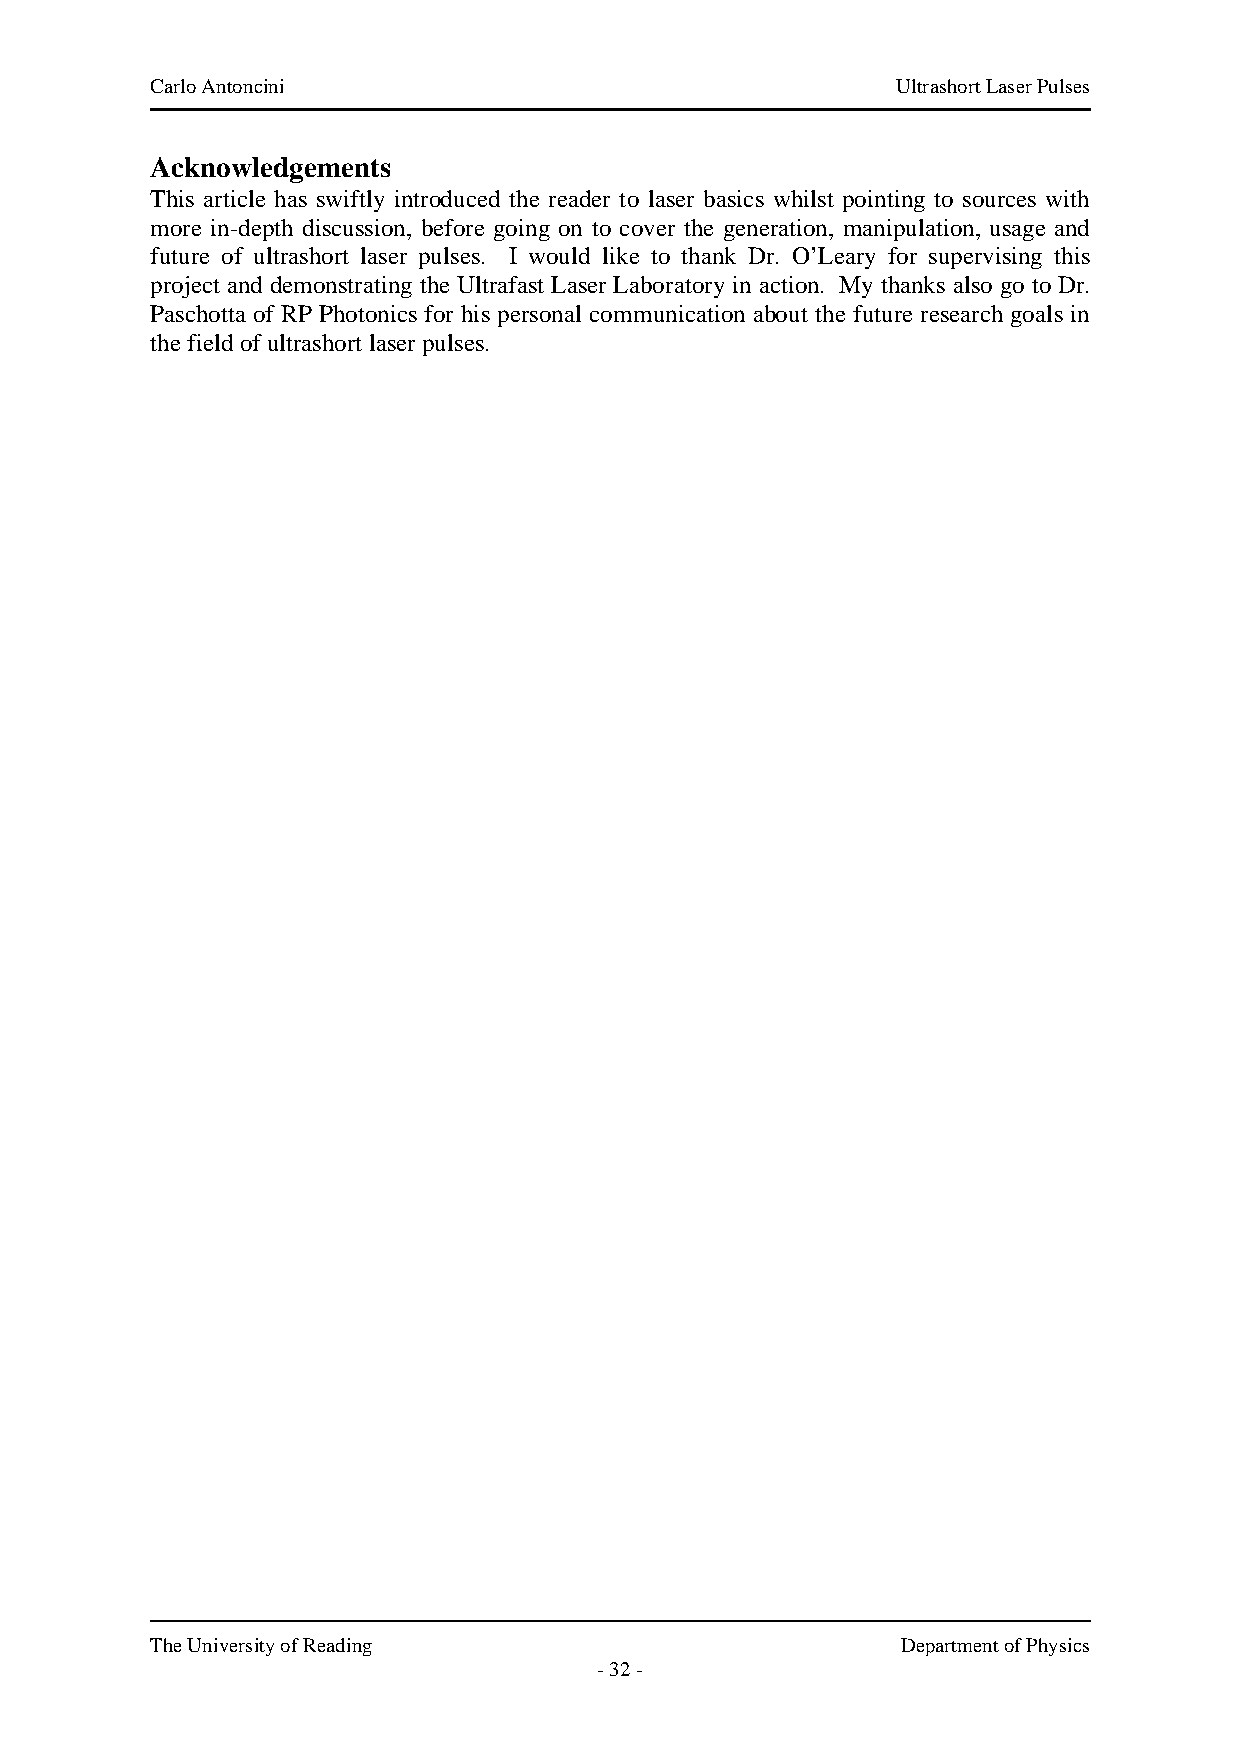
Carlo Antoncini                                  Ultrashort Laser Pulses
 Acknowledgements
 This article has swiftly introduced the reader to laser basics whilst pointing to sources with
 more in-depth discussion, before going on to cover the generation, manipulation, usage and
 future of ultrashort laser pulses. I would like to thank Dr. O’Leary for supervising this
 project and demonstrating the Ultrafast Laser Laboratory in action. My thanks also go to Dr.
 Paschotta of RP Photonics for his personal communication about the future research goals in
 the field of ultrashort laser pulses.
 The University of Reading                         Department of Physics
 - 32 -